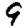
Digit: 9